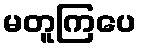
မတူကြပေ